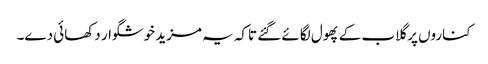
کناروں پر گلاب کے پھول لگائے گئے تاکہ یہ مزید خوشگوار دکھائی دے۔